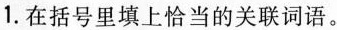
1. 在括号里填上恰当的关联词语。